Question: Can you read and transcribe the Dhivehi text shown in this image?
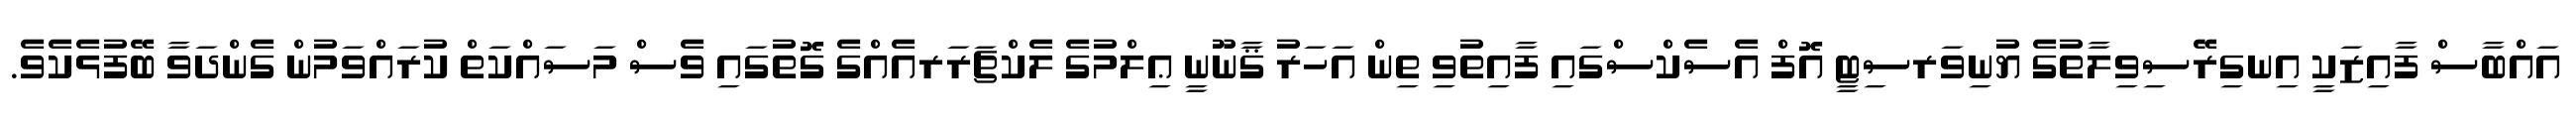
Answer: އައްބާސް ފާއިޒަކީ އިނގިރޭސިވިލާތުގެ ޔުނިވަރސިޓީ އޮފް އެސެކްސްގައި ފާއިތުވި ތިން އަހަރު ޤާނޫނީ ޢިލްމުގެ ލެކްޗަރަރއެއްގެ ގޮތުގައި ވެސް މަސައްކަތް ކުރައްވަމުން ގެންދަވާ ބޭފުޅެކެވެ.